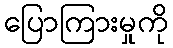
ပြောကြားမှုကို